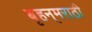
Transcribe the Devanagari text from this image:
बृहन्‌मराठी